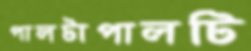
পালটাপালটি